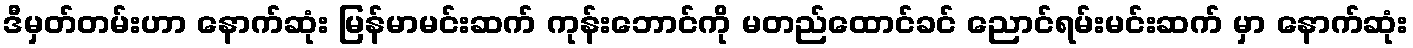
ဒီမှတ်တမ်းဟာ နောက်ဆုံး မြန်မာမင်းဆက် ကုန်းဘောင်ကို မတည်ထောင်ခင် ညောင်ရမ်းမင်းဆက် မှာ နောက်ဆုံး